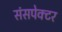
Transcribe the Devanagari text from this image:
संसपेक्टर